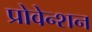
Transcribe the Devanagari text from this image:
प्रोवेन्शन